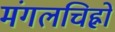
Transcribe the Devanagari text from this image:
मंगलचिह्नों